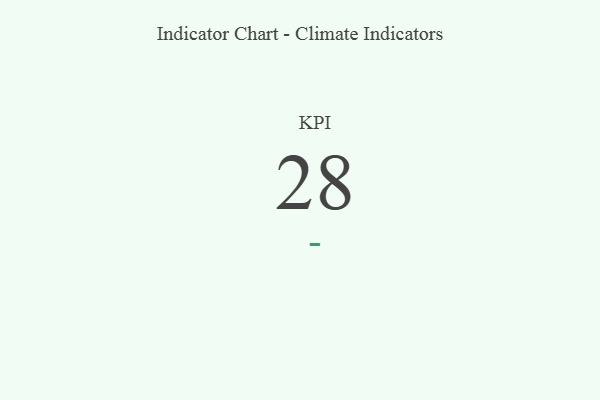
{"axis": {"x": "KPI", "y": "Value"}, "legend": [""], "data": [{"x": "KPI", "y": 28, "type": ""}]}